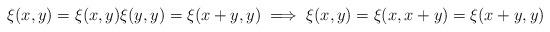
LaTeX: \begin{align*}\xi(x,y)=\xi(x,y)\xi(y,y)=\xi(x+y,y) \implies \xi(x,y)=\xi(x,x+y)=\xi(x+y,y)\end{align*}